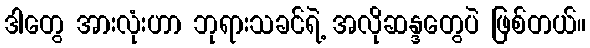
ဒါတွေ အားလုံးဟာ ဘုရားသခင်ရဲ့ အလိုဆန္ဒတွေပဲ ဖြစ်တယ်။